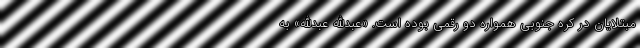
مبتلایان در کره جنوبی همواره دو رقمی بوده است. «عبدالله عبدالله» به